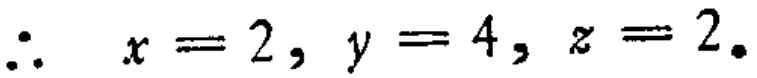
\(\therefore\ x = 2, y = 4, z = 2.\)